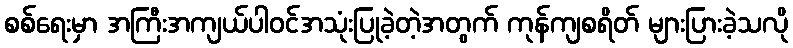
စစ်ရေးမှာ အကြီးအကျယ်ပါဝင်အသုံးပြုခဲ့တဲ့အတွက် ကုန်ကျစရိတ် များပြားခဲ့သလို